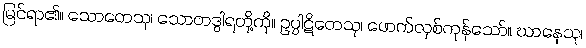
မြင်ရာ၏။ သောတေသု၊ သောတဒွါရတို့ကို။ ဥပ္ပါဋိတေသု၊ ဖောက်လှစ်ကုန်သော်။ ဃာနေသု၊